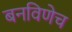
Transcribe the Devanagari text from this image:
बनविणेच